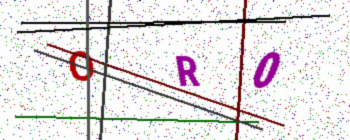
Text: OR0